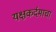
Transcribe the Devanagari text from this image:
यक्षकर्दमाचा